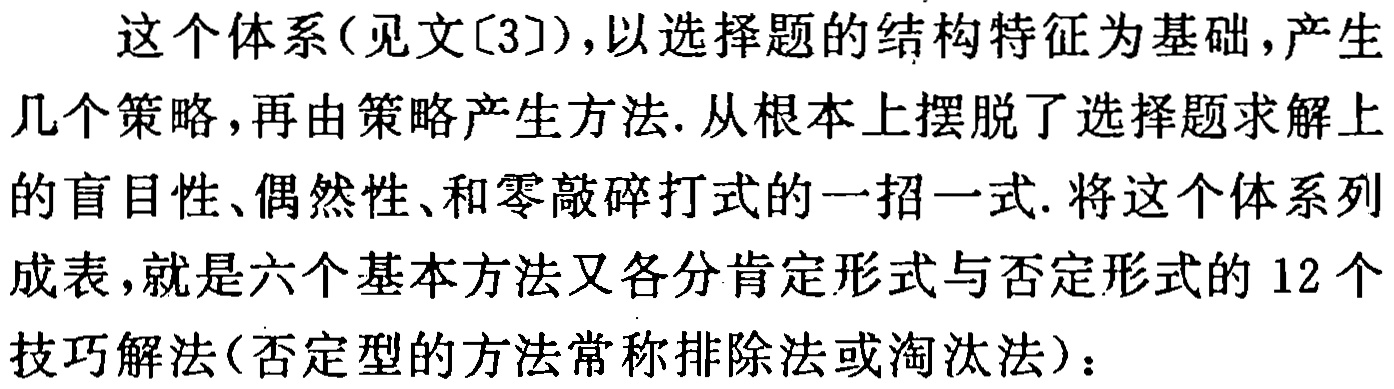
这个体系(见文[3]),以选择题的结构特征为基础,产生几个策略,再由策略产生方法. 从根本上摆脱了选择题求解上的盲目性、偶然性、和零敲碎打式的一招一式. 将这个体系列成表,就是六个基本方法又各分肯定形式与否定形式的$12$个技巧解法(否定型的方法常称排除法或淘汰法)：